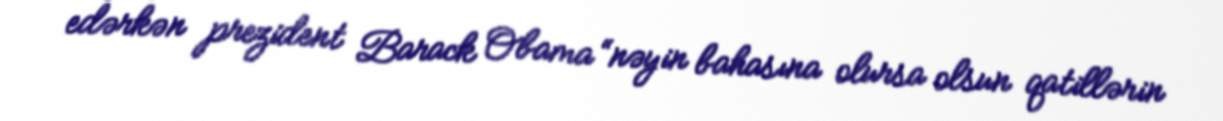
edərkən prezident Barack Obama “nəyin bahasına olursa olsun qatillərin